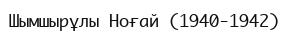
Шымшырұлы Ноғай (1940-1942)